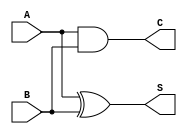
module Threshold_Half_Adder (
    input wire A,      // First binary input
    input wire B,      // Second binary input
    output wire S,     // Sum output
    output wire C      // Carry output
);

// Logic for Sum (S) - active if exactly one input is high
assign S = A ^ B; // S is high when either A or B is high, but not both

// Logic for Carry (C) - active if both inputs are high
assign C = A & B; // C is high when both A and B are high

endmodule